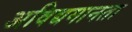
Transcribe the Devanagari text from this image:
अविद्यमानता